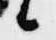
候